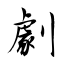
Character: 劇